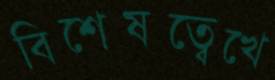
বিশেষত্বেখে